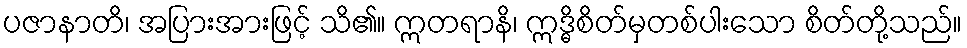
ပဇာနာတိ၊ အပြားအားဖြင့် သိ၏။ ဣတရာနိ၊ ဣဒ္ဓိစိတ်မှတစ်ပါးသော စိတ်တို့သည်။